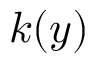
k ( y )